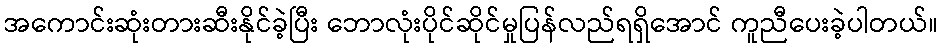
အကောင်းဆုံးတားဆီးနိုင်ခဲ့ပြီး ဘောလုံးပိုင်ဆိုင်မှုပြန်လည်ရရှိအောင် ကူညီပေးခဲ့ပါတယ်။